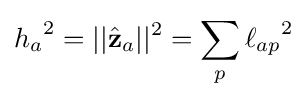
{h_{a}}^{2}=||{\hat {\mathbf {z} }}_{a}||^{2}=\sum _{p}{\ell _{ap}}^{2}